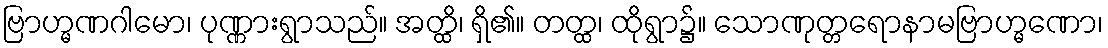
ဗြာဟ္မဏဂါမော၊ ပုဏ္ဏားရွာသည်။ အတ္ထိ၊ ရှိ၏။ တတ္ထ၊ ထိုရွာ၌။ သောဏုတ္တရောနာမဗြာဟ္မဏော၊